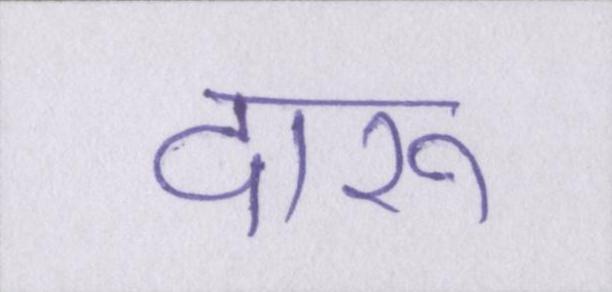
दारू